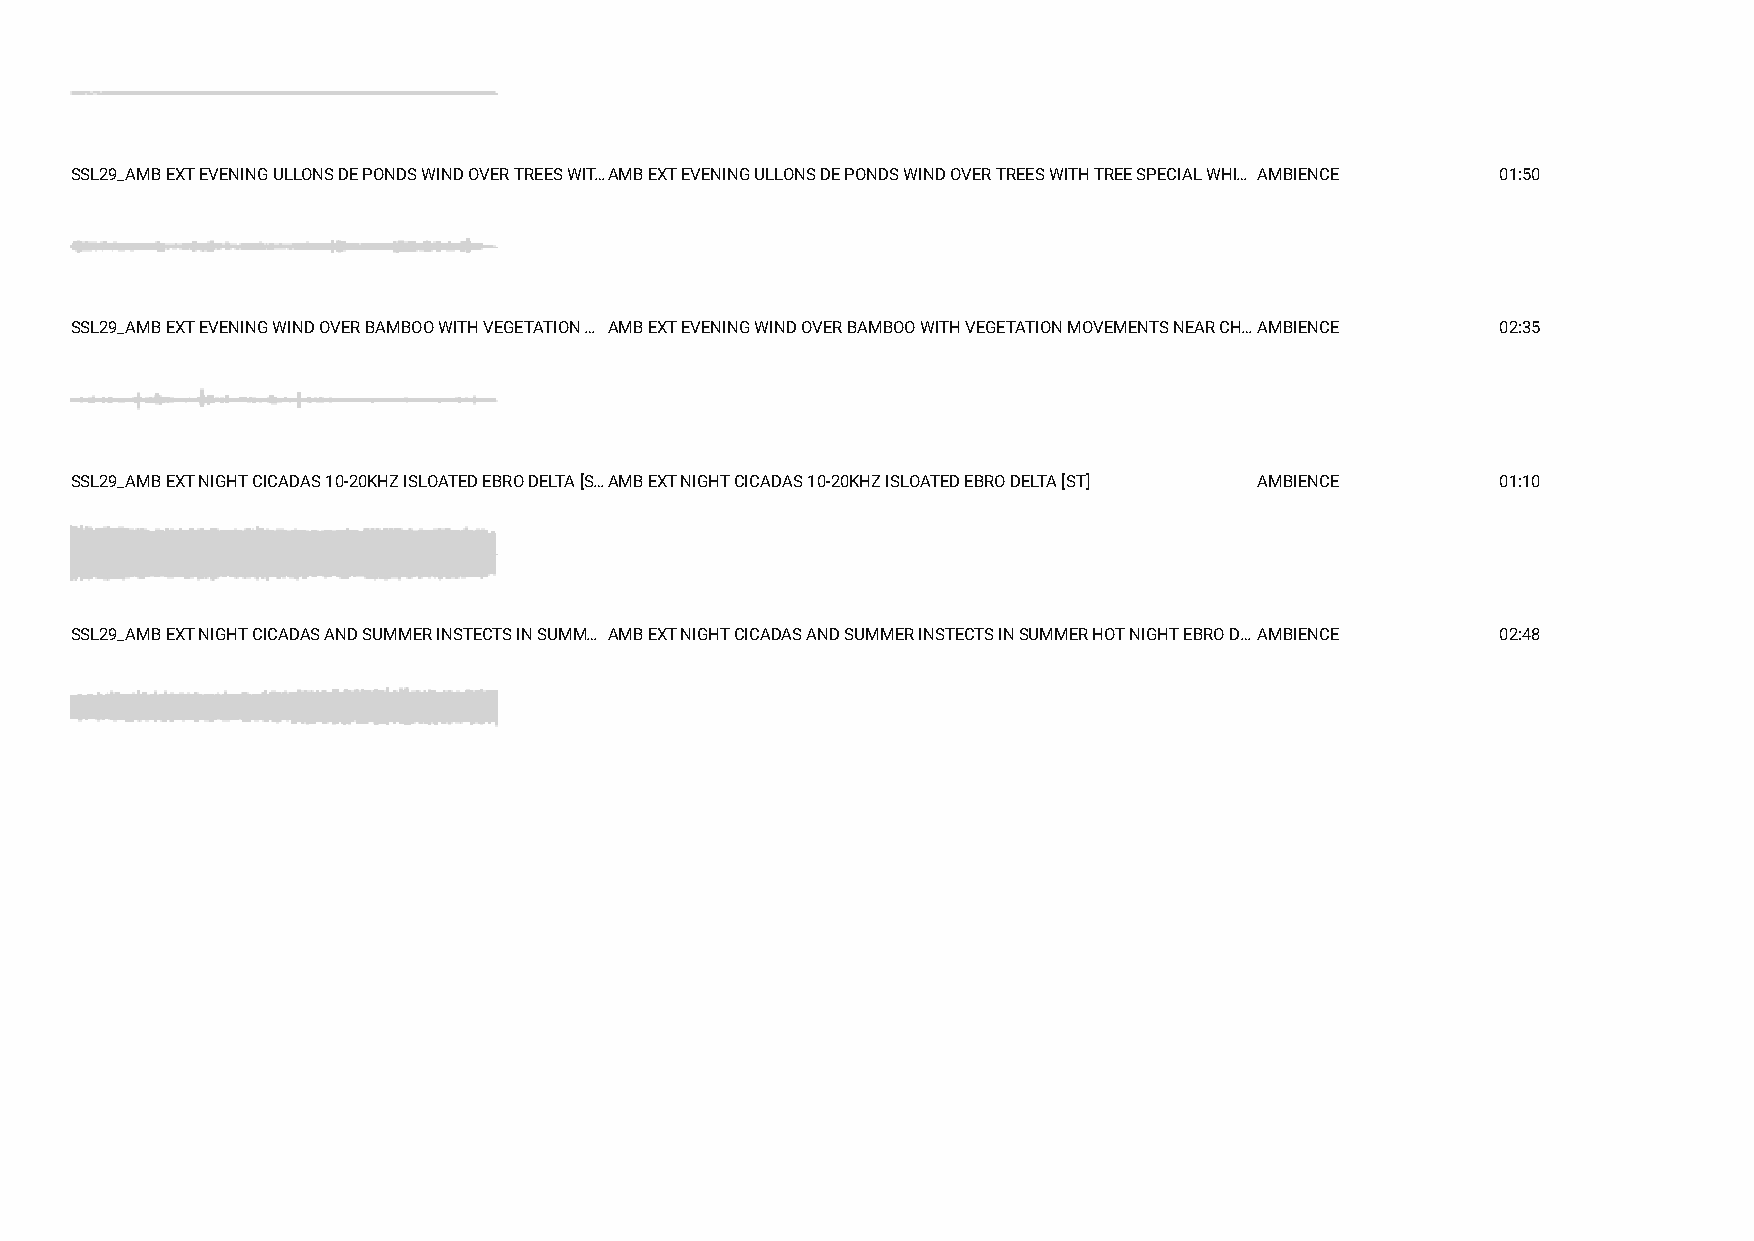
SSL29_AMB EXT EVENING ULLONS DE PONDS WIND OVER TREES WIT…AMB EXT EVENING ULLONS DE PONDS WIND OVER TREES WITH TREE SPECIAL WHI… AMBIENCE 01:50
 SSL29_AMB EXT EVENING WIND OVER BAMBOO WITH VEGETATION … AMB EXT EVENING WIND OVER BAMBOO WITH VEGETATION MOVEMENTS NEAR CH…AMBIENCE 02:35
 SSL29_AMB EXT NIGHT CICADAS 10-20KHZ ISLOATED EBRO DELTA [S…AMB EXT NIGHT CICADAS 10-20KHZ ISLOATED EBRO DELTA [ST] AMBIENCE 01:10
 SSL29_AMB EXT NIGHT CICADAS AND SUMMER INSTECTS IN SUMM… AMB EXT NIGHT CICADAS AND SUMMER INSTECTS IN SUMMER HOT NIGHT EBRO D… AMBIENCE 02:48